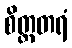
စိတ္တတရံ